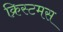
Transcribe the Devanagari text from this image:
क्रिस्टमस